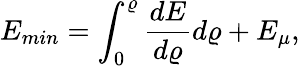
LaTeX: E_{min}=\int_{0}^{\varrho}\frac{dE}{d\varrho}d\varrho+E_{\mu},